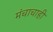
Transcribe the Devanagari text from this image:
मंचाचाही